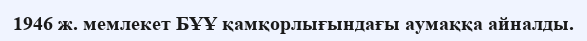
1946 ж. мемлекет БҰҰ қамқорлығындағы аумаққа айналды.